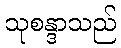
သုစန္ဒာသည်